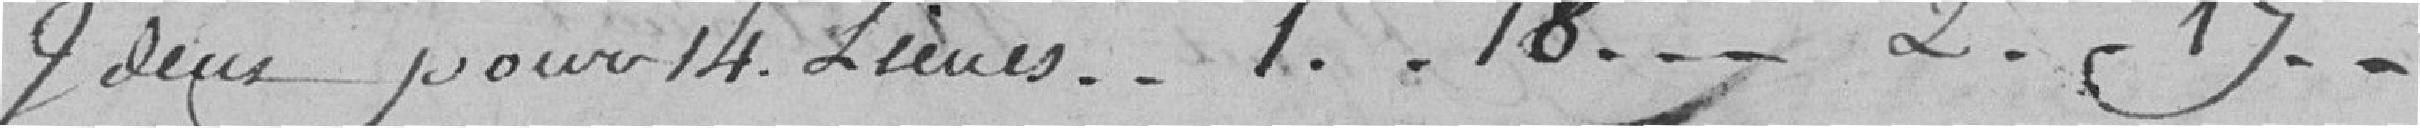
Idem pour 14 lieues....1..18....2..17..